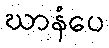
ဃာနံပေ